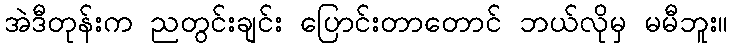
အဲဒီတုန်းက ညတွင်းချင်း ပြောင်းတာတောင် ဘယ်လိုမှ မမီဘူး။